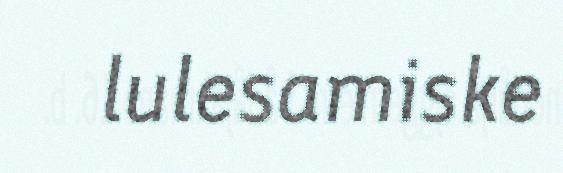
lulesamiske